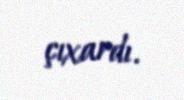
çıxardı.